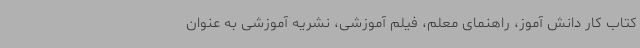
کتاب کار دانش آموز، راهنمای معلم، فیلم آموزشی، نشریه آموزشی به عنوان